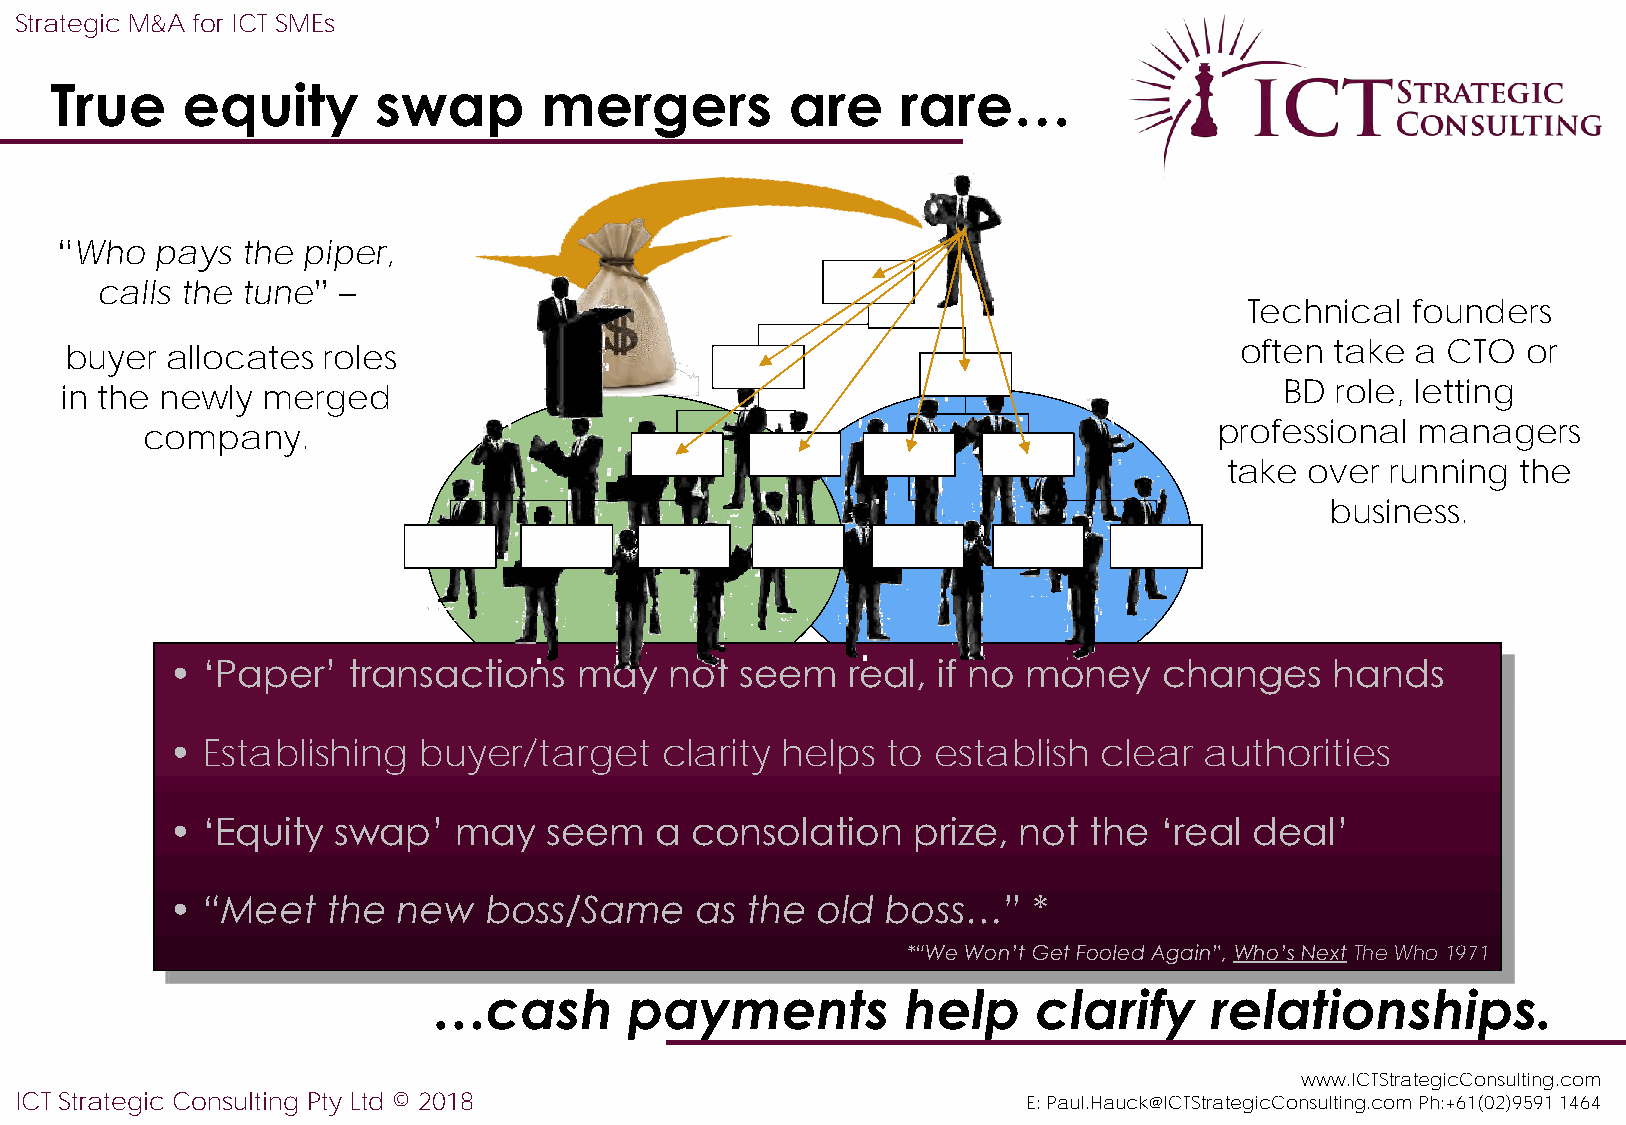
Strategic M&A for ICT SMEs
 True     equity       swap       mergers         are     rare…
 “Who  pays  the piper,
 calls the tune” –
 Technical  founders
 buyer  allocates roles                                                        often take  a CTO  or
 in the newly merged                                                              BD role, letting
 company.                                                                professional managers
 take  over running the
 business.
 • ‘Paper’   transactions   may   not  seem   real, if no money    changes    hands
 • Establishing   buyer/target    clarity helps  to establish  clear  authorities
 • ‘Equity  swap’   may   seem   a  consolation   prize, not  the  ‘real deal’
 • “Meet    the new   boss/Same     as the  old  boss…”   *
 *“We Won’t Get Fooled Again”, Who’s NextThe Who1971
 …cash        payments          help     clarify    relationships.
 www.ICTStrategicConsulting.com
 ICT Strategic Consulting Pty Ltd © 2018                            E: Paul.Hauck@ICTStrategicConsulting.com Ph:+61(02)9591 1464